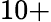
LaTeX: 10+